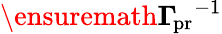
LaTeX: \ensuremath{\boldsymbol\Gamma_{\! \mathrm{{pr}}}}^{-1}